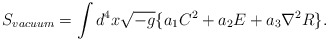
\begin{align*}S_{vacuum} = \int d^4x\sqrt{-g}\{ a_1 C^2 + a_2 E + a_3 {\nabla}^2 R\}.\end{align*}